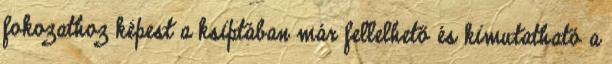
fokozathoz képest a ksiptában már fellelhető és kimutatható a